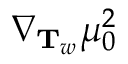
\nabla _ { \mathbf { T } _ { w } } \mu _ { 0 } ^ { 2 }